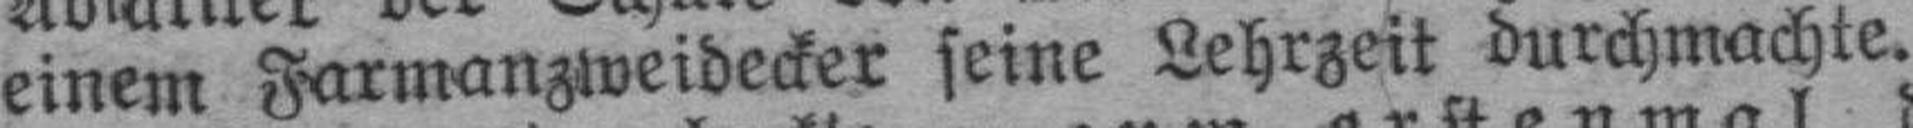
einem Farmanzweidecker seine Lehrzeit durchmachte.